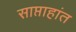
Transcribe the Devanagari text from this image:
साप्ताहांत